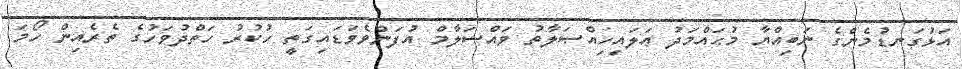
އަޅުގަނޑުމެންގެ ނަބިއްޔާ މުޙައްމަދު ޢަލައިހިއްޞަލާތު ވައްސަލާމް އުފަންވެވަޑައިގަތީ ހުކުރު ހަތްދުވަހުގެ ތެރެއިން ހޯމަ